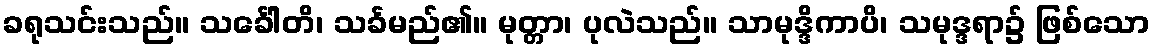
ခရုသင်းသည်။ သင်္ခေါတိ၊ သင်္ခမည်၏။ မုတ္တာ၊ ပုလဲသည်။ သာမုဒ္ဒိကာပိ၊ သမုဒ္ဒရာ၌ ဖြစ်သော